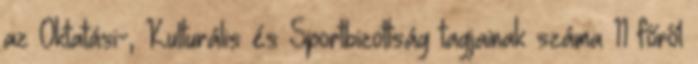
az Oktatási-, Kulturális és Sportbizottság tagjainak száma 11 főről